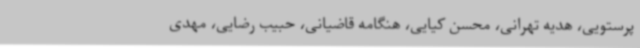
پرستویی، هدیه تهرانی، محسن کیایی، هنگامه قاضیانی، حبیب رضایی، مهدی